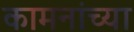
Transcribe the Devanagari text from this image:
कामनांच्या